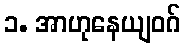
၁. အာဟုနေယျဝဂ်